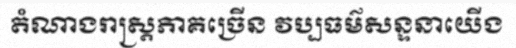
តំណាងរាស្ត្រភាគច្រើន វប្បធម៌សន្ទនាយើង